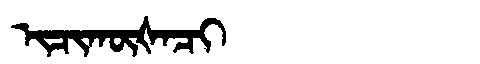
Manchu: ᡳᠴᡳᡴᡡᡧᠠᠴᡳ
Romanization: ICIKŪŠACI